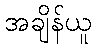
အချိန်ယူ